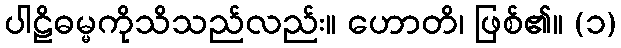
ပါဠိဓမ္မကိုသိသည်လည်း။ ဟောတိ၊ ဖြစ်၏။ (၁)